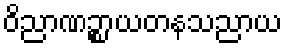
ဝိညာဏဉ္စာယတနသညာယ